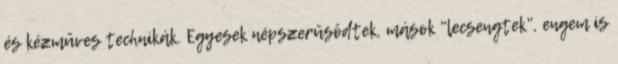
és kézműves technikák. Egyesek népszerűsödtek, mások "lecsengtek", engem is